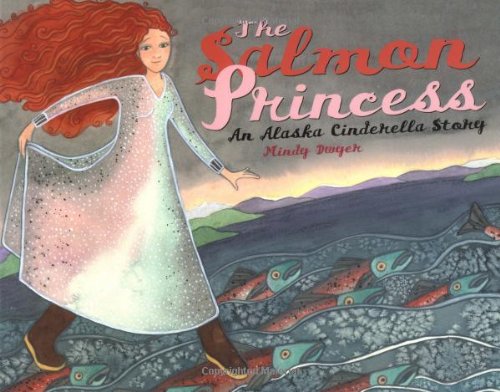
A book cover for The Salmon Princess: An Alaska Cinderella Story (Paws IV Children's Books); Mindy Dwyer; Children's Books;